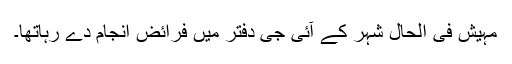
مہیش فی الحال شہر کے آئی جی دفتر میں فرائض انجام دے رہاتھا۔